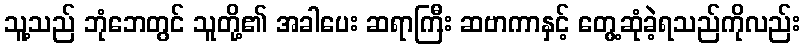
သူ့သည် ဘုံဘေတွင် သူတို့၏ အခါပေး ဆရာကြီး ဆဗာကာနှင့် တွေ့ဆုံခဲ့ရသည်ကိုလည်း